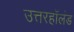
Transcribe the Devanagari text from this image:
उत्तरहॉलंड